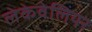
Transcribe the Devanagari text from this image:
लेकेवेलियर